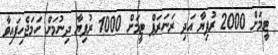
ޓީމަށް 2000 ރުފިޔާ އަދި ރަނަރަޕް ޓީމަށް 1000 ރުފިޔާ ދިނުމަށް ހަމަޖެހިފައިވާ